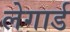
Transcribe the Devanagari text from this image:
लेगार्ड